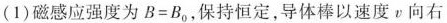
(1)磁感应强度为$$B = B _ { 0 }$$，保持恒定，导体棒以速度v向右